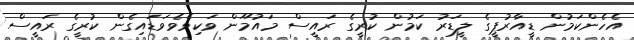
އެހެންކަމުން ޑީއާރުޕީގެ ލީޑަރު ކަމުން ކުރީގެ ރައީސް މައުމޫން ވަކިވެވެވަޑައިގެން ކުރީގެ ރައީސް